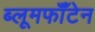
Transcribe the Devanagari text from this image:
ब्लूमफॉँटेन